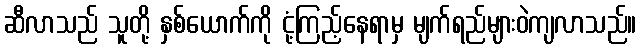
ဆီလာသည် သူတို့ နှစ်ယောက်ကို ငုံ့ကြည့်နေရာမှ မျက်ရည်များဝဲကျလာသည်။